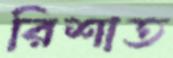
রিশাত